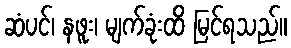
ဆံပင်၊ နဖူး၊ မျက်ခုံးထိ မြင်ရသည်။